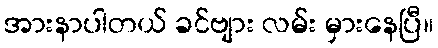
အားနာပါတယ် ခင်ဗျား လမ်း မှားနေပြီ။